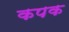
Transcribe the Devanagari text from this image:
कपक